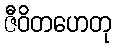
ဇီဝိတဟေတု